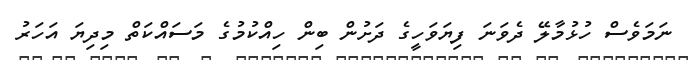
ނަމަވެސް ހުޅުމާލޭ ދެވަނަ ފިޔަވަހީގެ ދަށުން ބިން ހިއްކުމުގެ މަސައްކަތް މިދިޔަ އަހަރު